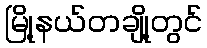
မြို့နယ်တချို့တွင်